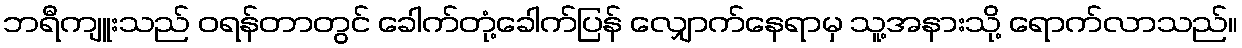
ဘရီကျူးသည် ဝရန်တာတွင် ခေါက်တုံ့ခေါက်ပြန် လျှောက်နေရာမှ သူ့အနားသို့ ရောက်လာသည်။